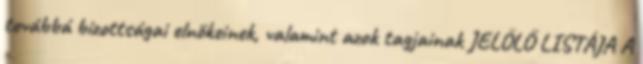
továbbá bizottságai elnökeinek, valamint azok tagjainak JELÖLŐ LISTÁJA A